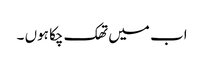
اب میں تھک چکا ہوں ۔